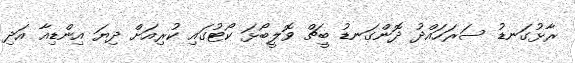
ރާޅުގަނޑު ސަރަހައްދު ދޮންގަނޑު ބީޗް ވޮލީބޯޅަ ކޯޓުގައި ކުރިއަށް ދިޔަ އިންޑިއާ އަދި